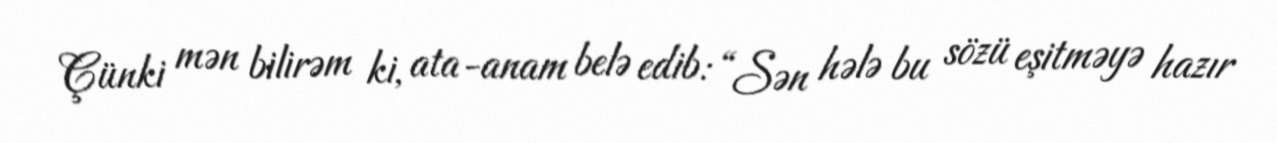
Çünki mən bilirəm ki, ata-anam belə edib: “Sən hələ bu sözü eşitməyə hazır